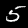
Label: 5